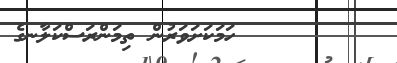
٢٧        ހަމަކަށަވަރުން ތިމަންރަސްކަލާނގެ